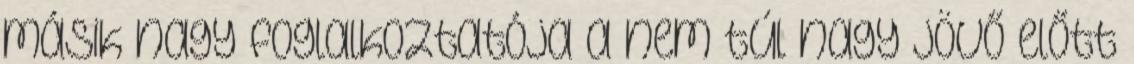
másik nagy foglalkoztatója a nem túl nagy jövő előtt